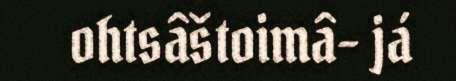
ohtsâštoimâ- já